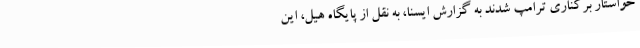
خواستار برکناری ترامپ شدند به گزارش ایسنا، به نقل از پایگاه هیل، این